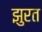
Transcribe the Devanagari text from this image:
झुरत